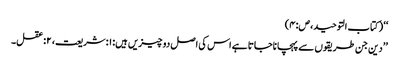
‘‘ (کتاب التوحید،ص:۴)
’’دین جن طریقوں سے پہچاناجاتا ہے اس کی اصل دو چیزیں ہیں: ۱:شریعت، ۲:عقل۔